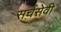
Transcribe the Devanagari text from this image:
सर्चसेवी